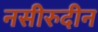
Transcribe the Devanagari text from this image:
नसीरुदीन